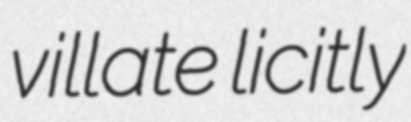
villate licitly